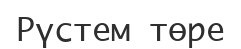
Рүстем төре